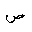
Letter: _sad